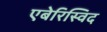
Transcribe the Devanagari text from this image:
एबेरिस्विद